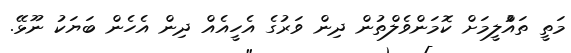
މަތީ ތައްުލީމަށް ކޮމަންވެލްތުން ދިން ވަރުގެ އެހީއެއް ދިން އެހެން ބަޔަކު ނޫޅޭ.